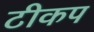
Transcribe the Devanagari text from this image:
टीकप